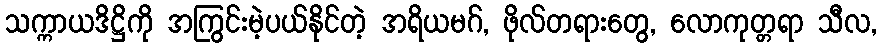
သက္ကာယဒိဋ္ဌိကို အကြွင်းမဲ့ပယ်နိုင်တဲ့ အရိယမဂ်, ဖိုလ်တရားတွေ, လောကုတ္တရာ သီလ,